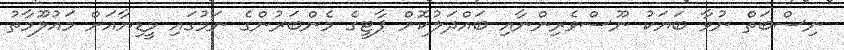
ނިސްބަތް ނުވާ ބަޔަކު ނޫސްވެރިންނާއި ބައްދަލުކޮށް ޕާޓީގެ މެންބަރުންގެ ނަމުގައި މީޑިޔާއަށް މައުލޫމާތު